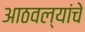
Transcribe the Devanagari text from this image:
आठवल्यांचे